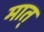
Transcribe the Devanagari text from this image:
मात्